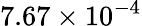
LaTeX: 7.67\times 10^{-4}